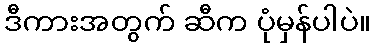
ဒီကားအတွက် ဆီက ပုံမှန်ပါပဲ။